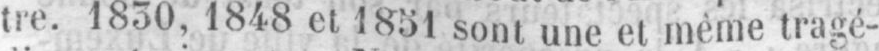
tre. 1830, 1848 et 1851 sont une et même tragé-